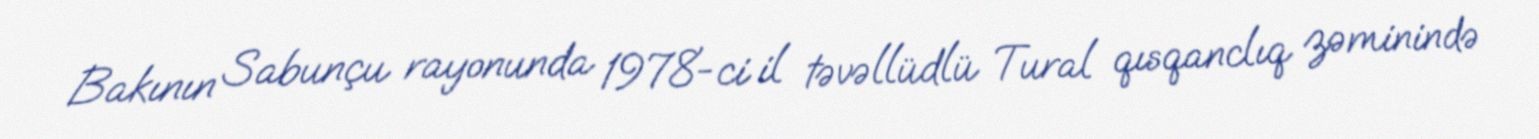
Bakının Sabunçu rayonunda 1978-ci il təvəllüdlü Tural qısqanclıq zəminində